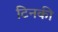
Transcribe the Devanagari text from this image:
टिनकी